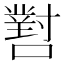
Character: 𡁨